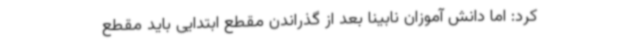
کرد: اما دانش آموزان نابینا بعد از گذراندن مقطع ابتدایی باید مقطع